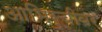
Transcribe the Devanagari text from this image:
आभिरुचीवर